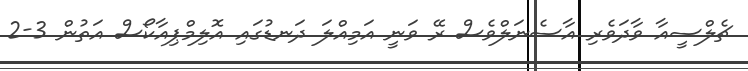
ޗެލްސީއާ ވާދަވެރި އާސެނަލްވެސް ރޭ ވަނީ އަމިއްލަ ދަނޑުގައި އޮލިމްޕިއާކޯސް އަތުން 3-2